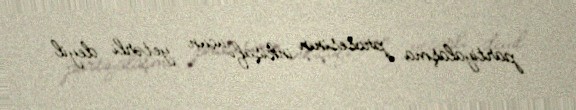
partiyalaşma prosesinin inkişafı üçün yetərli deyil.